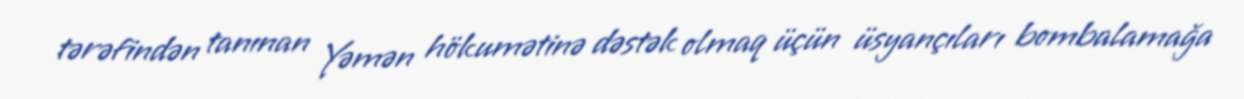
tərəfindən tanınan Yəmən hökumətinə dəstək olmaq üçün üsyançıları bombalamağa